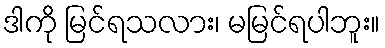
ဒါကို မြင်ရသလား၊ မမြင်ရပါဘူး။